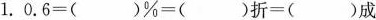
1.$$0 . 6 = ( ) \% = ( ) 折 = ( )成$$